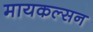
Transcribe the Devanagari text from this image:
मायकल्सन